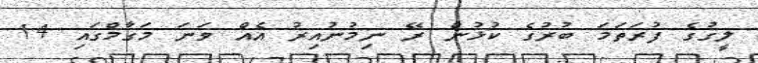
ލީގުގެ ފުރަތަމަ ބުރުގެ ކުޅުން ރޭ ނިމުނުއިރު އެއް ވަނަ މަގާމްގައި 14